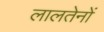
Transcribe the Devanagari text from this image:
लालतेनों